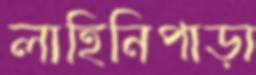
লাহিনিপাড়া